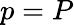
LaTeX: p=P